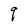
Character: q